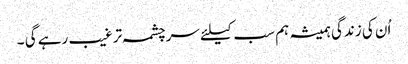
اُن کی زندگی ہمیشہ ہم سب کیلئے سرچشمہ ترغیب رہے گی ۔